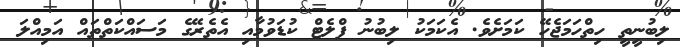
ލިބުނީތީ ހިތްހަމަޖެހޭ ކަމަށެވެ. އެކަމަކު ލިބުނު ފްލެޓް ކުޑަވުމާއި އެތެރޭގެ މަސައްކަތްތައް އަމިއްލަ